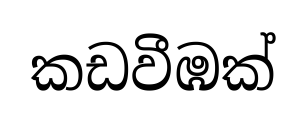
කඩවීඹක්